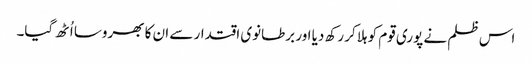
اس ظلم نے پوری قوم کو ہلا کر رکھ دیا اور برطانوی اقتدار سے ان کا بھروسا اُٹھ گیا۔